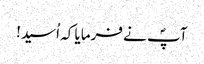
آپؐ نے فرمایا کہ اُسید!